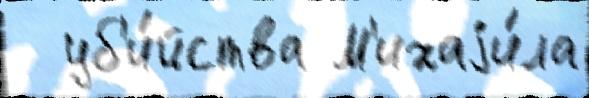
  уб'и́йства М'ихаjи́ла